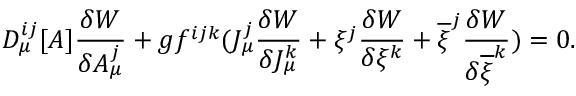
D _ { \mu } ^ { i j } [ A ] \frac { \delta W } { \delta A _ { \mu } ^ { j } } + g f ^ { i j k } ( J _ { \mu } ^ { j } \frac { \delta W } { \delta J _ { \mu } ^ { k } } + \xi ^ { j } \frac { \delta W } { \delta \xi ^ { k } } + \overline { { { \xi } } } ^ { j } \frac { \delta W } { \delta \overline { { { \xi } } } ^ { k } } ) = 0 .